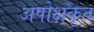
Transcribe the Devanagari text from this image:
अपोक्षकृत